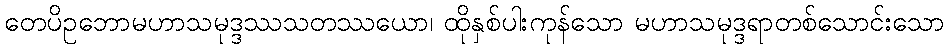
တေပိဥဘောမဟာသမုဒ္ဒဿသတဿယော၊ ထိုနှစ်ပါးကုန်သော မဟာသမုဒ္ဒရာတစ်သောင်းသော